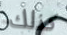
كذلك